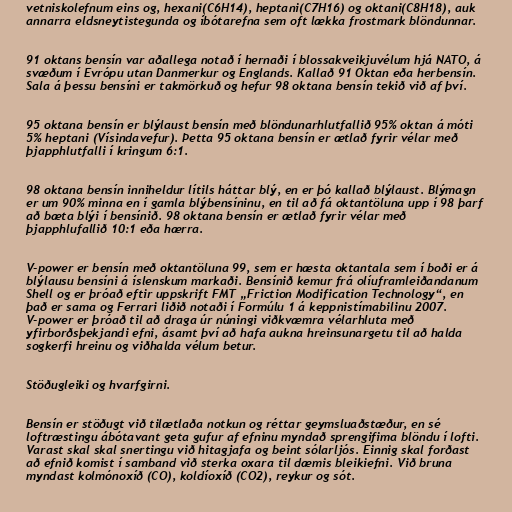
vetniskolefnum eins og, hexani(C6H14), heptani(C7H16) og oktani(C8H18), auk
annarra eldsneytistegunda og íbótarefna sem oft lækka frostmark blöndunnar.

91 oktans bensín var aðallega notað í hernaði í blossakveikjuvélum hjá NATO, á
svæðum í Evrópu utan Danmerkur og Englands. Kallað 91 Oktan eða herbensín.
Sala á þessu bensíni er takmörkuð og hefur 98 oktana bensín tekið við af því.

95 oktana bensín er blýlaust bensín með blöndunarhlutfallið 95% oktan á móti
5% heptani (Vísindavefur). Þetta 95 oktana bensín er ætlað fyrir vélar með
þjapphlutfalli í kringum 6:1.

98 oktana bensín inniheldur lítils háttar blý, en er þó kallað blýlaust. Blýmagn
er um 90% minna en í gamla blýbensíninu, en til að fá oktantöluna upp í 98 þarf
að bæta blýi í bensínið. 98 oktana bensín er ætlað fyrir vélar með
þjapphlufallið 10:1 eða hærra.

V-power er bensín með oktantöluna 99, sem er hæsta oktantala sem í boði er á
blýlausu bensíni á íslenskum markaði. Bensínið kemur frá olíuframleiðandanum
Shell og er þróað eftir uppskrift FMT „Friction Modification Technology“, en
það er sama og Ferrari liðið notaði í Formúlu 1 á keppnistímabilinu 2007.
V-power er þróað til að draga úr núningi viðkvæmra vélarhluta með
yfirborðsþekjandi efni, ásamt því að hafa aukna hreinsunargetu til að halda
sogkerfi hreinu og viðhalda vélum betur.

Stöðugleiki og hvarfgirni.

Bensín er stöðugt við tilætlaða notkun og réttar geymsluaðstæður, en sé
loftræstingu ábótavant geta gufur af efninu myndað sprengifima blöndu í lofti.
Varast skal skal snertingu við hitagjafa og beint sólarljós. Einnig skal forðast
að efnið komist í samband við sterka oxara til dæmis bleikiefni. Við bruna
myndast kolmónoxíð (CO), koldíoxíð (CO2), reykur og sót.